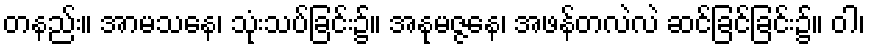
တနည်း။ အာမသနေ၊ သုံးသပ်ခြင်း၌။ အနုမဇ္ဇနေ၊ အဖန်တလဲလဲ ဆင်ခြင်ခြင်း၌။ ဝါ၊